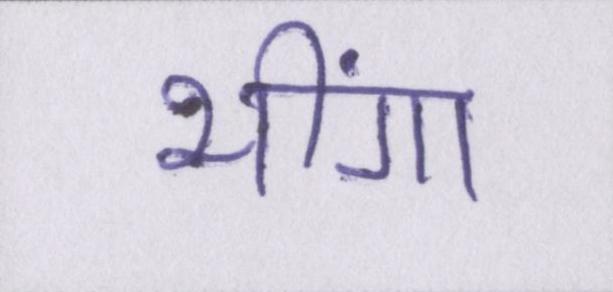
भींगा